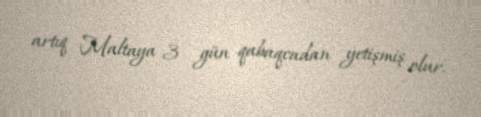
artıq Maltaya 3 gün qabaqcadan yetişmiş olur.